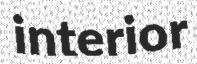
interior